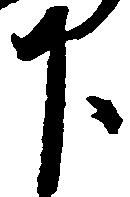
下